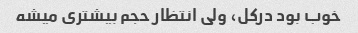
خوب بود درکل، ولی انتظار حجم بیشتری میشه